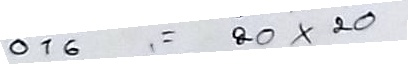
016 = 20 x 20